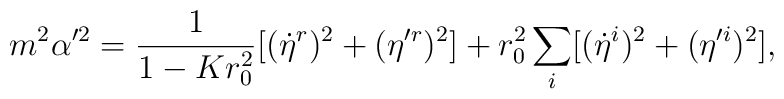
m^2\alpha'^2=\frac{1}{1-Kr_0^2}[(\dot{\eta}^r)^2+(\eta'^r)^2]+r_0^2\sum_{i}[(\dot{\eta}^{i})^2+(\eta'^{i})^2],